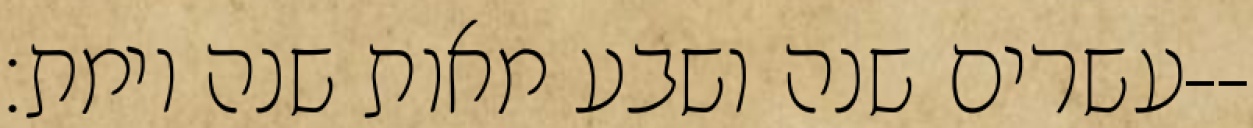
עשרים שנה ושבע מאות שנה וימת׃--